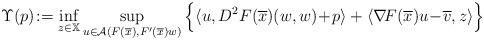
LaTeX: \begin{align*} \Upsilon(p)\!:=\inf_{z\in\mathbb{X}} \sup_{u\in\mathcal{A}(F(\overline{x}),F'(\overline{x})w)}\Big\{\langle u,D^2F(\overline{x})(w,w)\!+\!p\rangle+\langle\nabla\! F(\overline{x})u\!-\!\overline{v},z\rangle\Big\} \end{align*}